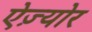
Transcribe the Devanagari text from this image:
ऐज़्योर